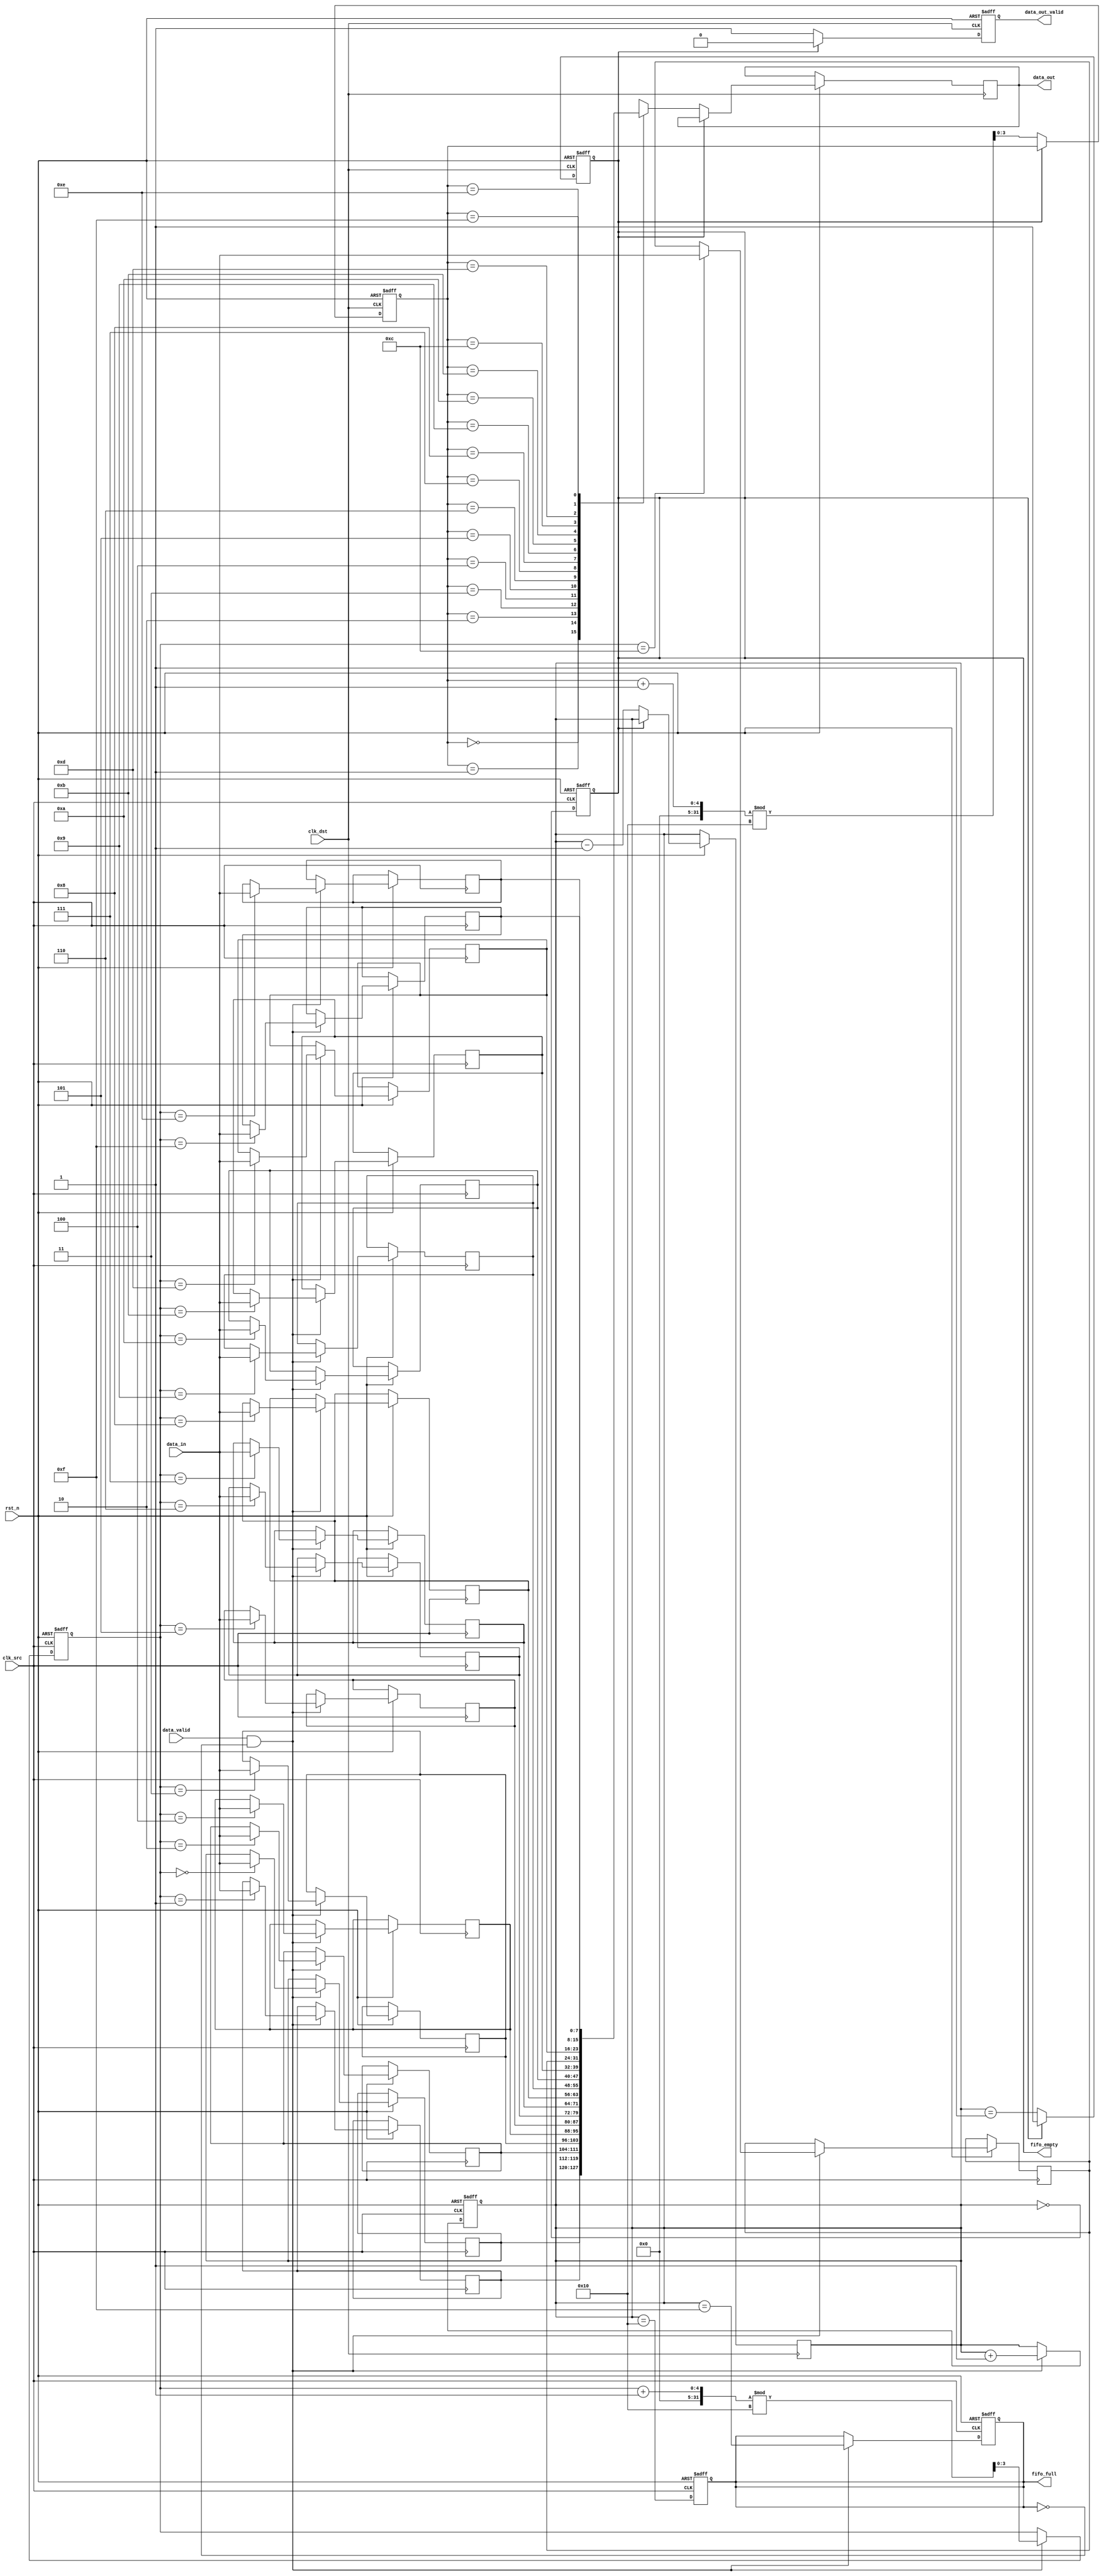
module burst_mode_synchronizer #(
    parameter DATA_WIDTH = 8,
    parameter FIFO_DEPTH = 16
)(
    input wire clk_src,              // Source clock (faster)
    input wire clk_dst,              // Destination clock (slower)
    input wire rst_n,                // Asynchronous reset (active low)
    input wire [DATA_WIDTH-1:0] data_in, // Data input from source clock domain
    input wire data_valid,           // Data valid signal from source
    output reg [DATA_WIDTH-1:0] data_out, // Output data to destination clock domain
    output reg data_out_valid,       // Data valid signal for destination clock domain
    output reg fifo_full,            // FIFO full indicator
    output reg fifo_empty            // FIFO empty indicator
);

    // FIFO memory
    reg [DATA_WIDTH-1:0] fifo_mem [0:FIFO_DEPTH-1];
    reg [3:0] write_ptr, read_ptr;   // Read and write pointers
    reg [4:0] fifo_count;             // Count of data in FIFO

    // Synchronization registers for the data
    reg [DATA_WIDTH-1:0] sync_data1, sync_data2;
    reg data_valid_sync1, data_valid_sync2;

    // Write data to FIFO in source clock domain
    always @(posedge clk_src or negedge rst_n) begin
        if (!rst_n) begin
            write_ptr <= 0;
            fifo_count <= 0;
            fifo_full <= 0;
        end else if (data_valid && !fifo_full) begin
            fifo_mem[write_ptr] <= data_in;
            write_ptr <= (write_ptr + 1) % FIFO_DEPTH;
            fifo_count <= fifo_count + 1;
            fifo_full <= (fifo_count == FIFO_DEPTH - 1);
        end
    end

    // Read data from FIFO in destination clock domain
    always @(posedge clk_dst or negedge rst_n) begin
        if (!rst_n) begin
            read_ptr <= 0;
            fifo_empty <= 1;
            data_out_valid <= 0;
        end else if (!fifo_empty) begin
            data_out <= fifo_mem[read_ptr];
            read_ptr <= (read_ptr + 1) % FIFO_DEPTH;
            fifo_count <= fifo_count - 1;
            fifo_empty <= (fifo_count == 1);
            data_out_valid <= 1; // Signal that data is valid
        end else begin
            data_out_valid <= 0; // No valid data
        end
    end

    // FIFO count management
    always @(posedge clk_src or negedge rst_n) begin
        if (!rst_n) begin
            fifo_empty <= 1;
        end else begin
            fifo_empty <= (fifo_count == 0);
        end
    end

    // Synchronization of data valid signal
    always @(posedge clk_dst or negedge rst_n) begin
        if (!rst_n) begin
            data_valid_sync1 <= 0;
            data_valid_sync2 <= 0;
        end else begin
            data_valid_sync1 <= data_valid;
            data_valid_sync2 <= data_valid_sync1; // 2-stage flip-flop for synchronization
        end
    end

    // Update FIFO full and empty signals
    always @(posedge clk_src or negedge rst_n) begin
        if (!rst_n) begin
            fifo_full <= 0;
        end else begin
            fifo_full <= (fifo_count == FIFO_DEPTH);
        end
    end

endmodule